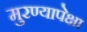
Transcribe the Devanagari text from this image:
मुरण्यापेक्षा